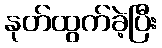
နုတ်ထွက်ခဲ့ပြီး